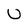
Character: U